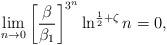
LaTeX: \begin{align*}\lim_{n\to 0}\left[\frac {\beta}{\beta_1}\right]^{3^n}\ln^{\frac 12+\zeta} n = 0, \end{align*}